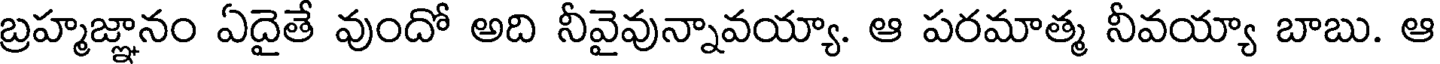
బ్రహ్మజ్ఞానం ఏదైతే వుందో అది నీవైవున్నావయ్యా. ఆ పరమాత్మ నీవయ్యా బాబు. ఆ